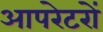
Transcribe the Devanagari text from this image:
आपरेटरों